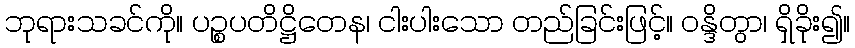
ဘုရားသခင်ကို။ ပဉ္စပတိဋ္ဌိတေန၊ ငါးပါးသော တည်ခြင်းဖြင့်။ ဝန္ဒိတွာ၊ ရှိခိုး၍။